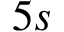
5 s